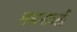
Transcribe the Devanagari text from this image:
लखनावती